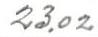
23,02